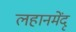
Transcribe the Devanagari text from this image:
लहानमेंदू